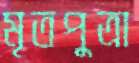
মৃতপুত্রা